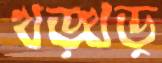
খড়্‌খড়্‌